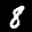
Label: 8